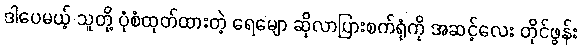
ဒါပေမယ့် သူတို့ ပုံစံထုတ်ထားတဲ့ ရေမျော ဆိုလာပြားစက်ရုံကို အဆင့်လေး တိုင်ဖွန်း